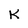
Character: K